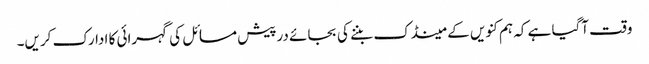
وقت آگیا ہے کہ ہم کنویں کے مینڈک بننے کی بجائے درپیش مسائل کی گہرائی کا ادارک کریں۔